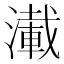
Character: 𰝑